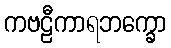
ကဗဠီကာရဘက္ခော